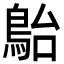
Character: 𩿡